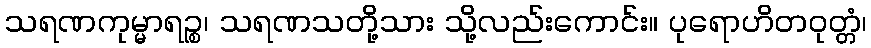
သရဏကုမ္မာရဉ္စ၊ သရဏသတို့သား သို့လည်းကောင်း။ ပုရောဟိတဝုတ္တံ၊